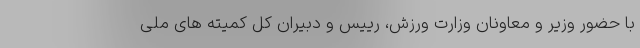
با حضور وزیر و معاونان وزارت ورزش، رییس و دبیران کل کمیته های ملی